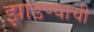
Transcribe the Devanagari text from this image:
झाडण्याची